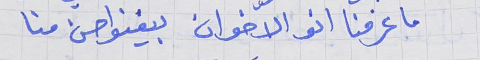
ما عرفنا انو الاخوان     بيغنو احسن منا